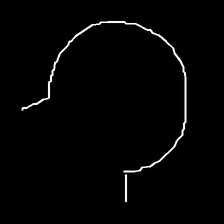
Glyph: weave